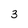
Character: 3